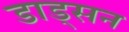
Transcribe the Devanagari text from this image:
डाड्सन